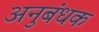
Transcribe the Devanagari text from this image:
अनुबंधक